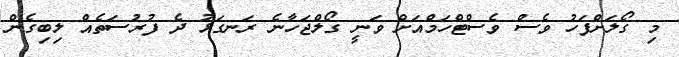
މި ގޯލަށްފަހު ވެސް ވެސްޓްހަމްއަށް ވަނީ ގޯލްޖަހާނެ ރަނގަޅު ދެ ފުރުސަތެއް ލިބިގެން